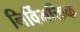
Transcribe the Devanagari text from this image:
निर्विभक्तिक